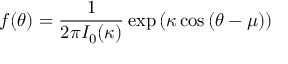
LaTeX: f ( \theta ) = { \frac { 1 } { 2 \pi I _ { 0 } ( \kappa ) } } \exp { ( \kappa \cos { ( \theta - \mu ) } ) }